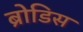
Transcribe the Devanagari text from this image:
ब्रोडिस